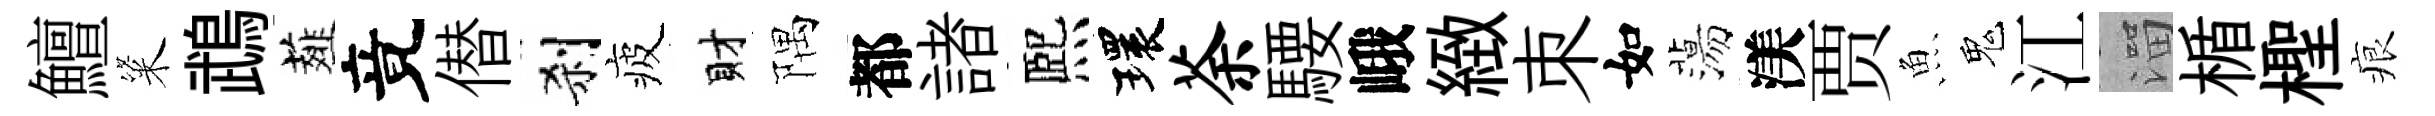
鱣粢鵡薤竟僣刹疲財隅都諸熈環荼騕峨緻朿如蕩渼贾魚鬼江溜楯檉痕